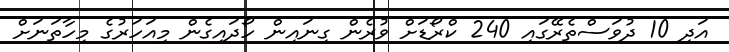
އަދި 10 ދުވަސްތެރޭގައި 240 ކްރޯޑަށް ވުރެން ގިނައިން ހޯދައިގެން މިއަހަރުގެ މިހާތަނަށް